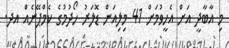
މި އާބާދީ އަށް އެހީވުމަށް 41 މިލިއަން ޑޮލަރު ހޯދުމުގެ ކެމްޕޭނެއް އދ.